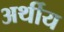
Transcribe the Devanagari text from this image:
अर्थीय